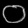
Digit: ၀